Indian journal of veterinary science and animal husbandry - Volumes 15-17, 1948-1951
Year: 1948
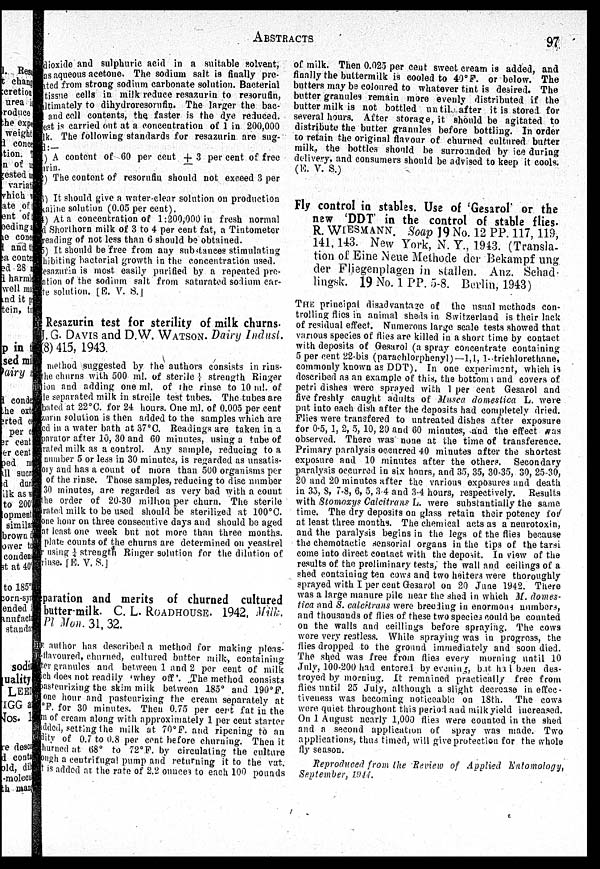
ABSTRACTS
97
dioxide and sulphuric acid in a suitable solvent,
as aqueous acetone. The sodium salt is finally pre-
ated from strong sodium carbonate solution. Bacterial
tissue cells in milk reduce resazurin to resorufin,
altimately to dihydroresorufin. The larger the bac-
and cell contents, the faster is the dye reduced.
Test is carried out at a concentration of 1 in 200,000
lk. The following standards for resazurin are sug-
d:—
1) A content of 60 per cent ± 3 per cent of free
urin.
2) The content of resorufin should not exceed 3 per
cent.
3) It should give a water-clear solution on production
calihe solution (0.05 per cent).
4) At a concentration of 1:200,000 in fresh normal
d Shorthorn milk of 3 to 4 per cent fat, a Tintometer
reading of not less than 6 should be obtained.
5) It should be free from any substances stimulating
hibiting bacterial growth in the concentration used.
lesnzuria is most easily purified by a repeated pre-
--ion of the sodium salt from saturated sodium car-
le solution. [E. V. S.]
Resazurin test for sterility of milk churns.
J. G.DAVIS and D.W. WATSON. Dairy Indust.
(8) 415, 1943.
method suggested by the authors consists in rins-
the churns with 500 ml. of sterile strength Ringer
tion and adding one ml. of the rinse to 10 ml. of
le separated milk in streile test tubes. The tubes are
bated at 22°C. for 24 hours. One ml. of 0.005 per cent
zurin solution is then added to the samples which are
ed in a water bath at 37°C. Readings are taken in a
parator after 10, 30 and 60 minutes, using a tube of
rated milk as a control. Any sample, reducing to a
number 5 or less in 30 minutes, is regarded as unsatis-
ory and has a count of more than 500 organisms per
of the rinse. Those samples, reducing to disc number
30 minutes, are regarded as very bad with a count
the order of 20-30 million per churn. The sterile
rated milk to be used should be sterilized at 100°C.
one hour on three consecutive days and should be aged
at least one week but not more than three months.
plate counts of the churns are determined on yeastrel
using ¼ strength Ringer solution for the dilution of
rinse. [E. V. S.]
paration and merits of churned cultured
butter-milk. C. L.ROADHOUSE. 1942, Milk.
Pl Mon. 31, 32.
author has described a method for making pleas-
flavoured, churned, cultured butter milk, containing
ter granules and between 1 and 2 per cent of milk
eh does not readily 'whey off'. The method consists
asteurizing the skim milk between 185° and 190°F.
one hour and pasteurizing the cream separately at
°F. for 30 minutes. Then 0.75 per cent fat in the
m of cream along with approximately 1 per cent starter
added, setting the milk at 70°F. and ripening to an
dity of 0.7 to 0.8 per cent before churning. Then it
hurned at 68° to 72°F. by circulating the culture
ongh a centrifugal pump and returning it to the vat.
t is added at the rate of 2.2 ounces to each 100 pounds
of milk. Then 0.025 per cent sweet cream is added, and
finally the buttermilk is cooled to 40°F. or below. The
butters may be coloured to whatever tint is desired. The
butter granules remain more evenly distributed if the
butter milk is not bottled until after it is stored for
several hours. After storage, it should be agitated to
distribute the butter granules before bottling. In order
to retain the original flavour of churned cultured butter
milk, the bottles should be surrounded by ice during
delivery, and consumers should be advised to keep it cools.
(E. V. S.)
Fly control in stables. Use of 'Gesarol' or the
new 'DDT' in the control of stable flies-
R. WIESMANN. Soap 19 No. 12 PP. 117, 119,
141, 143. New York, N. Y., 1943. (Transla-
tion of Eine Neue Methode der Bekampf ung
der Fliegenplagen in stallen. Anz. Schad-
lingsk. 19 No. 1 PP. 5-8. Berlin, 1943)
THE principal disadvantage of the usual methods con-
trolling flies in animal sheds in Switzerland is their lack
of residual effect. Numerous large scale tests showed that
various species of flies are killed in a short time by contact
with deposits of Gesarol (a spray concentrate containing
5 per cent 22-bis (parachlorphenyl)—1,1, 1-trichlorethane,
commonly known as DDT). In one experiment, which is
described as an example of this, the bottoms and covers of
petri dishes were sprayed with 1 per cent Gesarol and
five freshly caught adults of Musca domestica L. were
put into each dish after the deposits had completely dried.
Flies were transfered to untreated dishes after exposure
for 0.5, 1, 2, 5, 10, 20 and 60 minutes, and the effect was
observed. There was none at the time of transference.
Primary paralysis occurred 40 minutes after the shortest
exposure and 10 minutes after the others. Secondary
paralysis occurred in six hours, and 35, 35, 30-35, 30, 25-30,
20 and 20 minutes after the various exposures and death
in 35, 8, 7.8, 6, 5, 3.4 and 3-4 hours, respectively. Results
with Stomoxys Calcitrans L. were substantially the same
time. The dry deposits on glass retain their potency for
at least three months. The chemical acts as a neurotoxin,
and the paralysis begins in the legs of the flies because
the chemotactic sensorial organs in the tips of the tarsi
come into direct contact with the deposit. In view of the
results of the preliminary tests, the wall and ceilings of a
shed containing ten cows and two heifers were thoroughly
sprayed with I per cent Gesarol on 20 June 1942. There
was a large manure pile near the shed in which M. domes-
tica and S. calcitrans were breeding in enormous numbers,
and thousands of flies of these two species could be counted
on the walls and ceillings before spraying. The cows
were very restless. While spraying was in progress, the
flies dropped to the ground immediately and soon died.
The shed was free from flies every morning until 10
July, 100-200 had entered by evening, but had been des-
troyed by morning. It remained practically free from
flies until 25 July, although a slight decrease in effec-
tiveness was becoming noticeable on 18th. The cows
were quiet throughout this period and milk yield increased.
On 1 August nearly 1,000 flies were counted in the shed
and a second application of: spray was made. Two
applications, thus timed, will give protection for the whole
fly season.
Reproduced from the Review of Applied Entomology,
September, 1944.